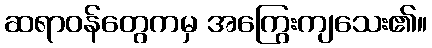
ဆရာဝန်တွေကမှ အကြွေးကျသေး၏။